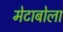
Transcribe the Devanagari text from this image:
मेटाबोला